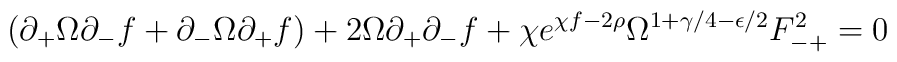
(\partial_+\Omega\partial_-f + \partial_-\Omega\partial_+f)+2\Omega\partial_+\partial_-f+ \chi e^{\chi f-2\rho}\Omega^{1+\gamma/4 -\epsilon/2}F_{-+}^2=0